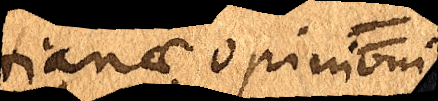
tianae opinioni